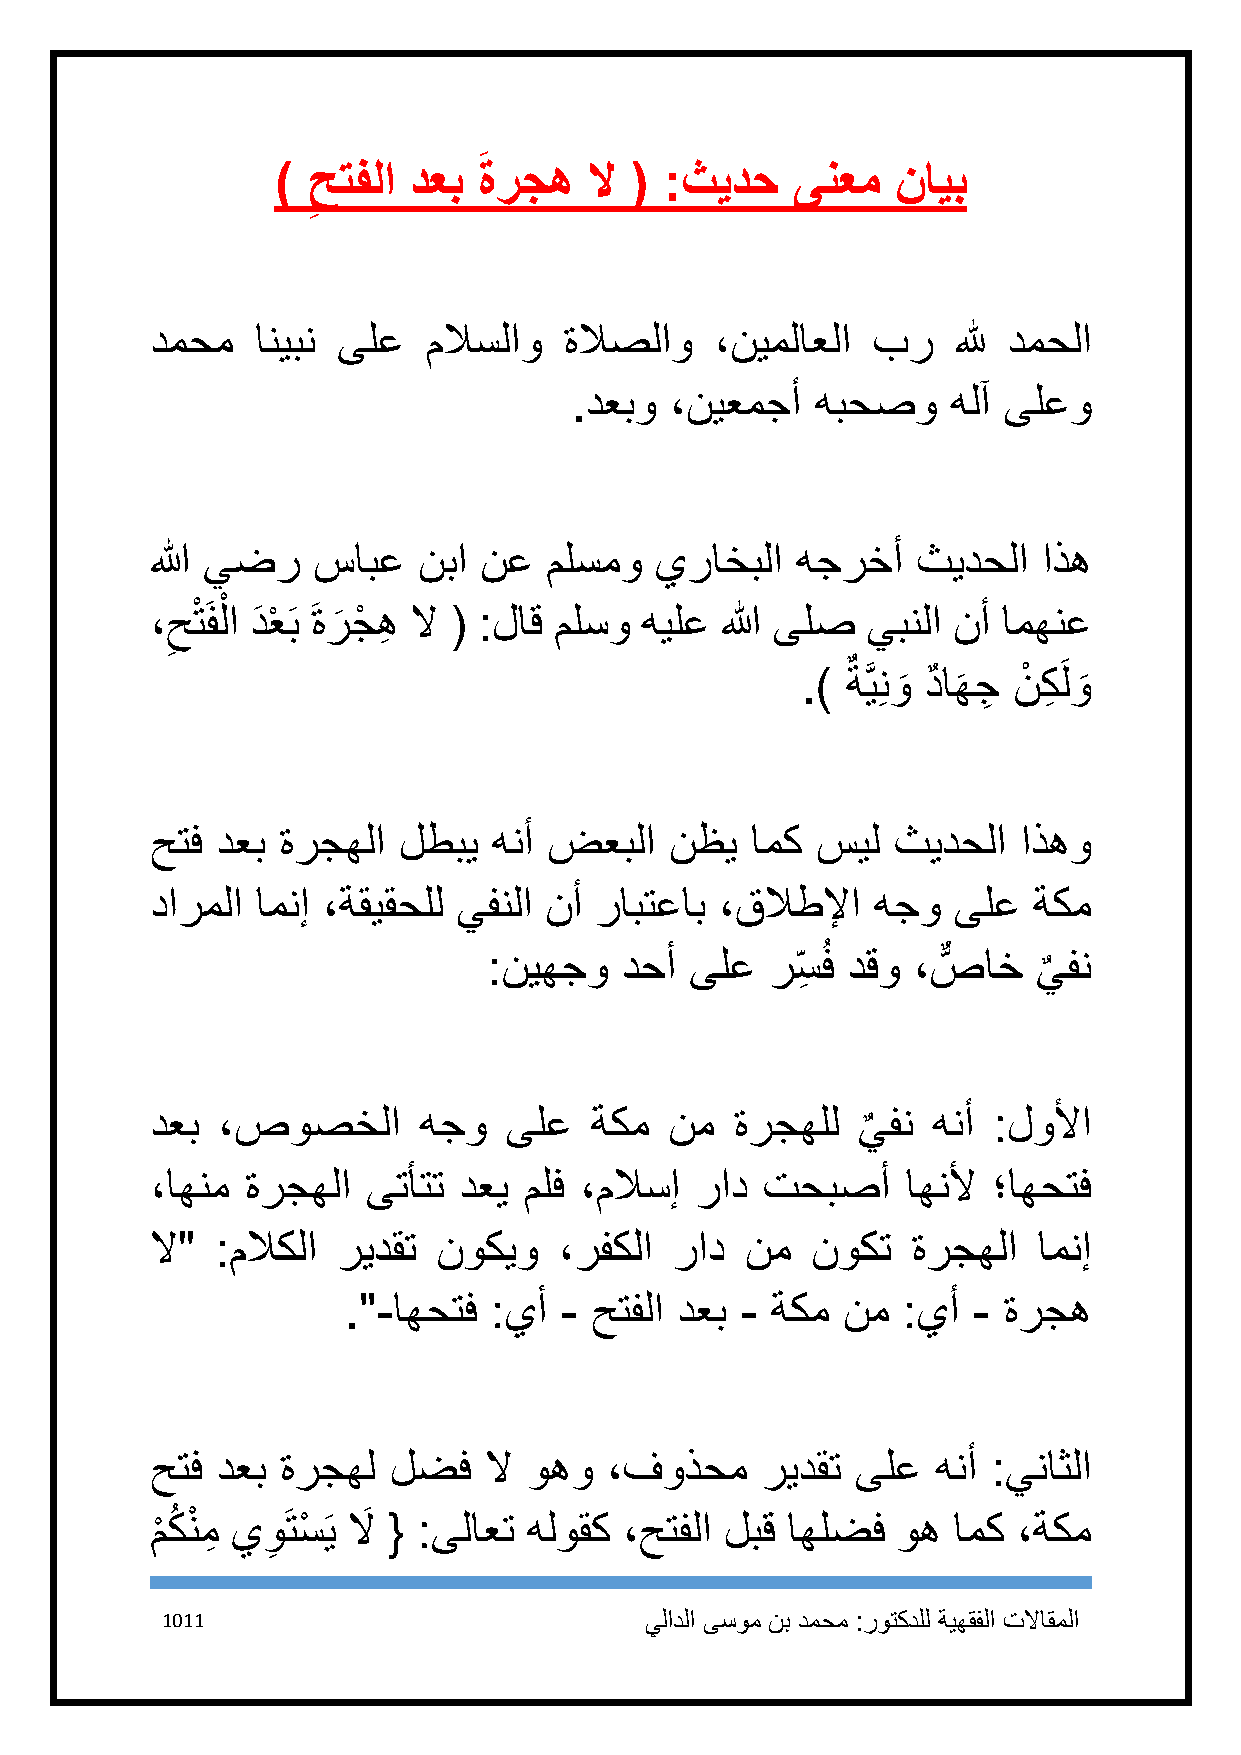
َ
 ) حتفلا  دعب  ةرجه   لا ( :ثيدح    ىنعم  نايب
 ِ
 دمحم   انيبن ىلع  ملاسلاو  ةلاصلاو   ،نيملاعلا  بر   لله دمحلا
 .دعبو ،نيعمجأ   هبحصو    هلآ ىلعو
 الله يضر   سابع   نبا نع  ملسمو  يراخبلا   هجرخأ   ثيدحلا  اذه
 ،حْتَفلْ
 ا دَ عْ َب َ ةر
 َ
 جْ هِ لا ( :لاق ملسو هيلع الله ىلص يبنلا نأ امهنع
 ِ
 .) ٌ ةَّيِنو
 َ
 دٌ اه
 َ
 جِ نْ كِ َلو
 َ
 حتف دعب ةرجهلا  لطبي   هنأ ضعبلا  نظي   امك سيل  ثيدحلا   اذهو
 دارملا امنإ ،ةقيقحلل يفنلا نأ رابتعاب ،قلاطلإا  هجو  ىلع  ةكم
 :نيهجو   دحأ  ىلع  رس ِ ُف دقو ،صٌّ اخ يفن
 ٌ
 دعب ،صوصخلا       هجو  ىلع   ةكم  نم   ةرجهلل  يفن  هنأ :لولأا
 ٌ
 ،اهنم ةرجهلا  ىتأتت دعي  ملف ،ملاسإ راد تحبصأ     اهنلأ ؛اهحتف
 لا" :ملاكلا ريدقت  نوكيو   ،رفكلا  راد نم   نوكت  ةرجهلا   امنإ
 ."-اهحتف :يأ  - حتفلا دعب - ةكم  نم  :يأ - ةرجه
 حتف دعب  ةرجهل  لضف   لا وهو  ،فوذحم    ريدقت  ىلع  هنأ :يناثلا
 م
 ْ
 كُ نْ مِ ي و
 ِ
 َتسْ َي لاَ { :ىلاعت هلوقك ،حتفلا لبق اهلضف وه امك ،ةكم
 1111                            يلادلا ىسوم نب دمحم :روتكدلل ةيهقفلا تلااقملا